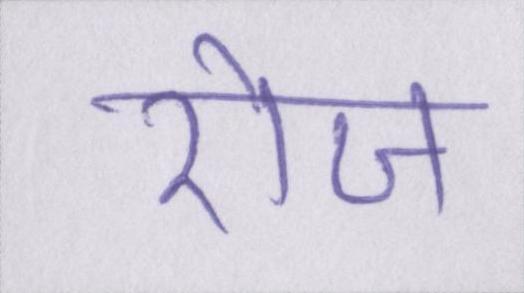
रोज